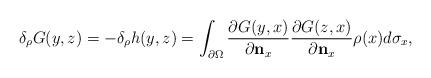
LaTeX: \begin{align*}\delta_\rho G(y,z)=-\delta_\rho h(y,z)=\int_{\partial \Omega}\frac{\partial G(y,x)}{\partial \mathbf{n}_x}\frac{\partial G(z,x)}{\partial \mathbf{n}_x}\rho(x)d\sigma_x,\end{align*}